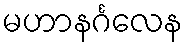
မဟာနင်္ဂလေန